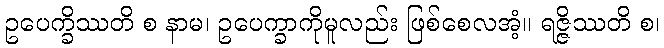
ဥပေက္ခိဿတိ စ နာမ၊ ဥပေက္ခာကိုမူလည်း ဖြစ်စေလအံ့။ ရဇ္ဇိဿတိ စ၊